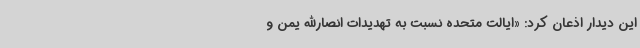
این دیدار اذعان کرد: «ایالت متحده نسبت به تهدیدات انصارالله یمن و